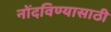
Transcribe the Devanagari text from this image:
नोंदविण्यासाठी